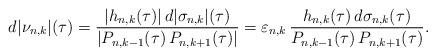
LaTeX: \begin{align*}d|\nu_{n,k}|(\tau)=\frac{|h_{n,k}(\tau)|\,d|\sigma_{n,k}|(\tau)}{|P_{n,k-1}(\tau)\,P_{n,k+1}(\tau)|}=\varepsilon_{n,k}\,\frac{h_{n,k}(\tau)\,d\sigma_{n,k}(\tau)}{P_{n,k-1}(\tau)\,P_{n,k+1}(\tau)}.\end{align*}